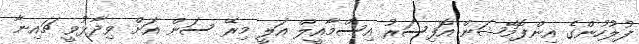
ފުލުހުންގެ އިންފޮމޭޝަން އޮފިސަރު އިސްމާއީލް އަލީ މިރޭ ސަން އަށް ވިދާޅުވީ ޗައިނާ